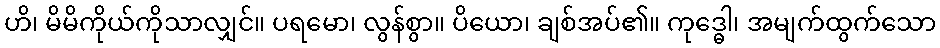
ဟိ၊ မိမိကိုယ်ကိုသာလျှင်။ ပရမော၊ လွန်စွာ။ ပိယော၊ ချစ်အပ်၏။ ကုဒ္ဓေါ၊ အမျက်ထွက်သော